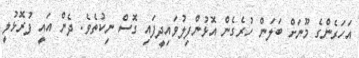
އަހަރެންގެ މޫނަށް ބަލަން ހުރެގެން އޮޅުންފިލުވައިދީފައި ގޮސް ނިކުތެވެ. ދެން އައީ ފުރޮޅުލީ